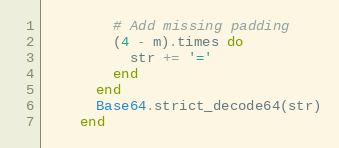
Language: Ruby
        # Add missing padding
        (4 - m).times do
          str += '='
        end
      end
      Base64.strict_decode64(str)
    end